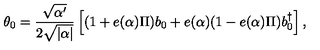
\theta _ { 0 } = \frac { \sqrt { \alpha ^ { \prime } } } { 2 \sqrt { | \alpha | } } \left[ ( 1 + e ( \alpha ) \Pi ) b _ { 0 } + e ( \alpha ) ( 1 - e ( \alpha ) \Pi ) b _ { 0 } ^ { \dagger } \right] ,